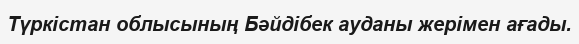
Түркістан облысының Бәйдібек ауданы жерімен ағады.